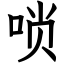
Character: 唢